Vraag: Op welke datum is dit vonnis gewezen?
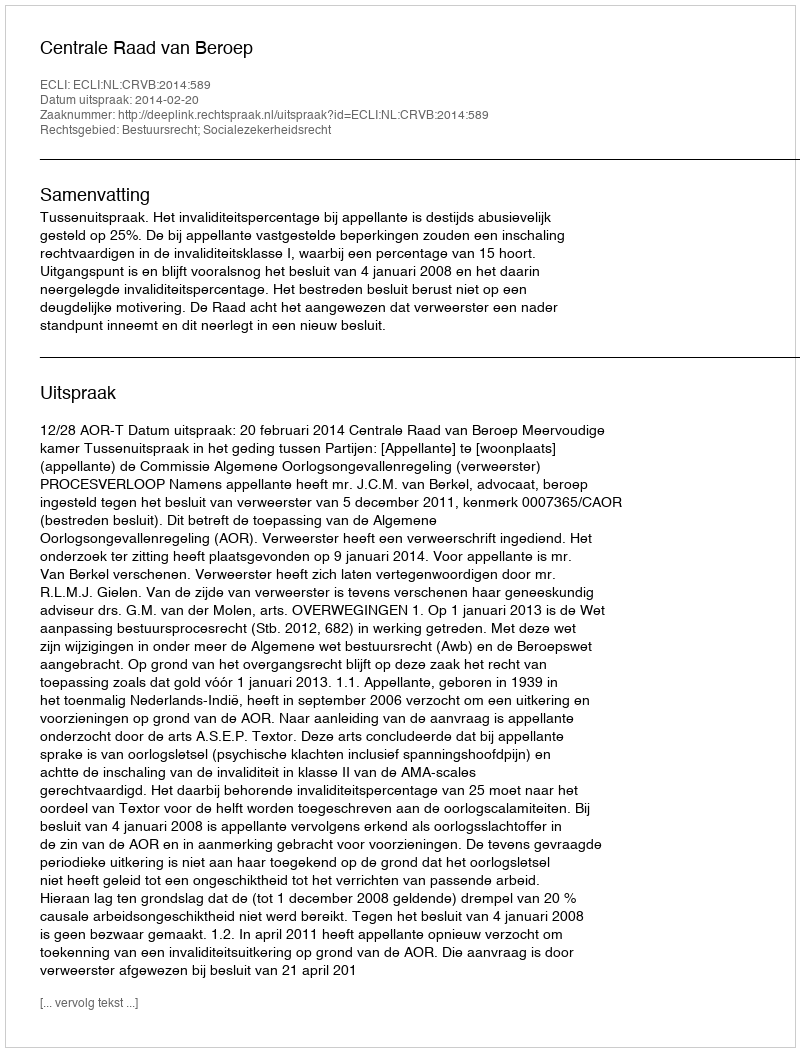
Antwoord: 2014-02-20